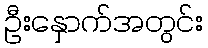
ဦးနှောက်အတွင်း